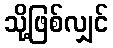
သို့ဖြစ်လျှင်